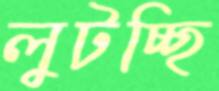
লুটচ্ছি